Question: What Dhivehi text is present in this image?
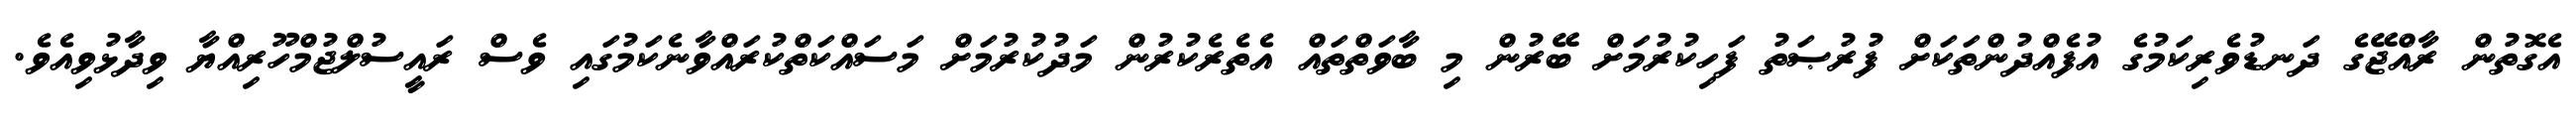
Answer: އެގޮތުން ރާއްޖޭގެ ދަނޑުވެރިކަމުގެ އުފެއްދުންތަކަށް ފުރުޞަތު ފަހިކުރުމަށް ބޭރުން މި ބާވަތްތައް އެތެރެކުރުން މަދުކުރުމަށް މަސައްކަތްކުރައްވާނެކަމުގައި ވެސް ރައީސުލްޖުމްހޫރިއްޔާ ވިދާޅުވިއެވެ.